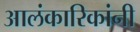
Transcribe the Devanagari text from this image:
आलंकारिकांनी